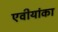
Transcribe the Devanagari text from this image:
एवीयांका